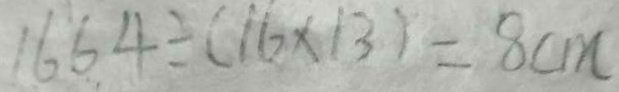
1 6 6 4 \div ( 1 6 \times 1 3 ) = 8 c m